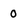
Character: 0